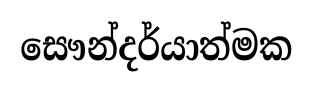
සෞන්දර්යාත්මක